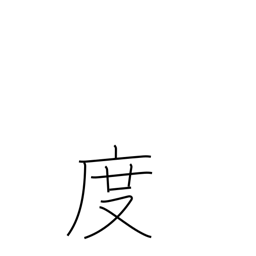
Meaning: degrees